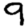
Digit: 9